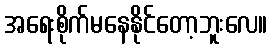
အရေးစိုက်မနေနိုင်တော့ဘူးလေ။